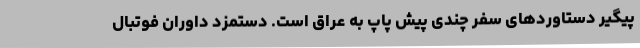
پیگیر دستاوردهای سفر چندی پیش پاپ به عراق است. دستمزد داوران فوتبال